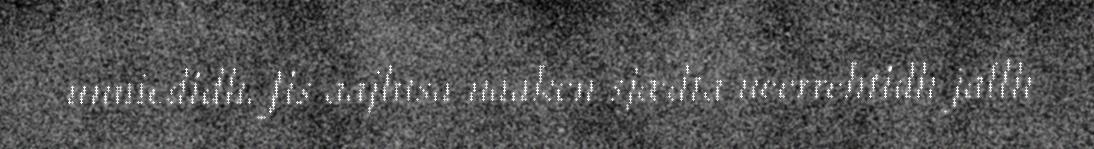
unniedidh. Jis aajhtsa naaken sjædta neerrehtidh jallh